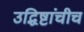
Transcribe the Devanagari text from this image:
उद्धिष्टांचीच